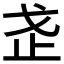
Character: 𭟰